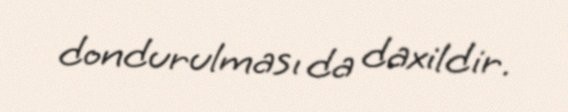
dondurulması da daxildir.